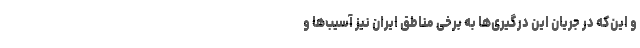
و این‌که در جریان این درگیری‌ها به برخی مناطق ایران نیز آسیب‌ها و